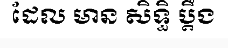
ដែល មាន សិទ្ធិ ប្តឹង